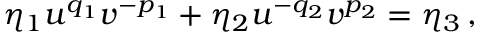
\eta _ { 1 } u ^ { q _ { 1 } } v ^ { - p _ { 1 } } + \eta _ { 2 } u ^ { - q _ { 2 } } v ^ { p _ { 2 } } = \eta _ { 3 } \, ,